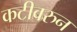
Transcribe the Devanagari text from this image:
कटीवरुन